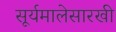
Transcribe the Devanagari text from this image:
सूर्यमालेसारखी